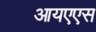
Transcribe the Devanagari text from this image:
आयएएस